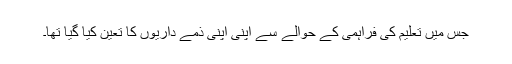
جس میں تعلیم کی فراہمی کے حوالے سے اپنی اپنی ذمے داریوں کا تعین کیا گیا تھا۔